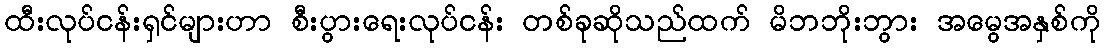
ထီးလုပ်ငန်းရှင်များဟာ စီးပွားရေးလုပ်ငန်း တစ်ခုဆိုသည်ထက် မိဘဘိုးဘွား အမွေအနှစ်ကို